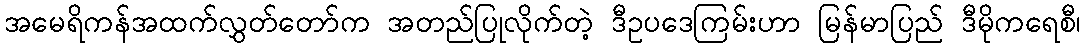
အမေရိကန်အထက်လွှတ်တော်က အတည်ပြုလိုက်တဲ့ ဒီဥပဒေကြမ်းဟာ မြန်မာပြည် ဒီမိုကရေစီ၊